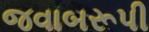
જવાબરૂપી